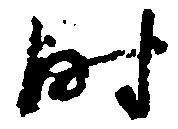
時